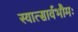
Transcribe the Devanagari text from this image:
स्यात्सार्वभौमः